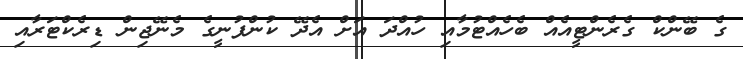
ގެ ބޭންކް ގެރެންޓީއެއް ބެހެއްޓުމާއި ހުއްދަ އަށް އެދޭ ކުންފުނީގެ މެނޭޖިން ޑިރެކްޓަރާއި